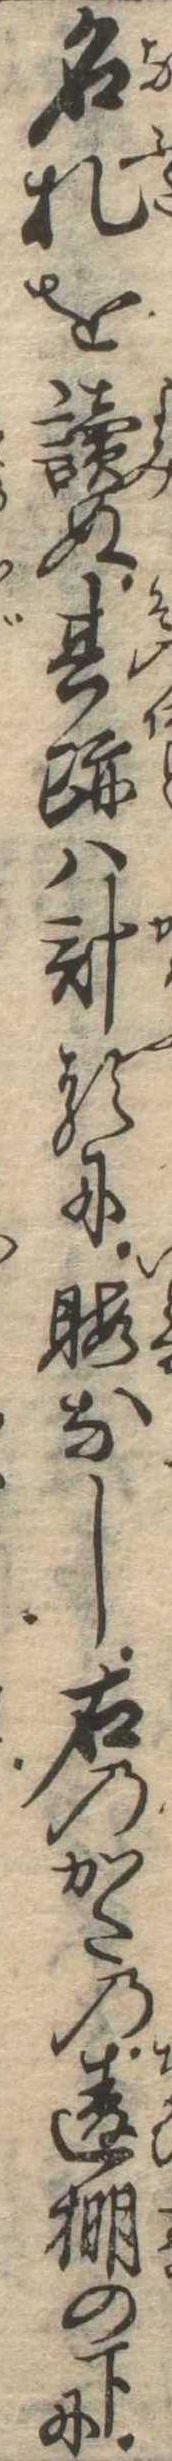
名札を読ぬ其跡は計るに暇なし右のかたの違棚の下に